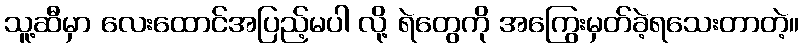
သူ့ဆီမှာ လေးထောင်အပြည့်မပါ လို့ ရဲတွေကို အကြွေးမှတ်ခဲ့ရသေးတာတဲ့။